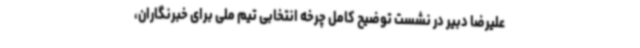
علیرضا دبیر در نشست توضیح کامل چرخه انتخابی تیم ملی برای خبرنگاران،